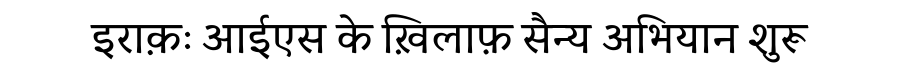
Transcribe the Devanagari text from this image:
इराक़ः आईएस के ख़िलाफ़ सैन्य अभियान शुरू